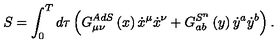
S = \int _ { 0 } ^ { T } d \tau \left( G _ { \mu \nu } ^ { A d S } \left( x \right) \dot { x } ^ { \mu } \dot { x } ^ { \nu } + G _ { a b } ^ { S ^ { n } } \left( y \right) \dot { y } ^ { a } \dot { y } ^ { b } \right) .